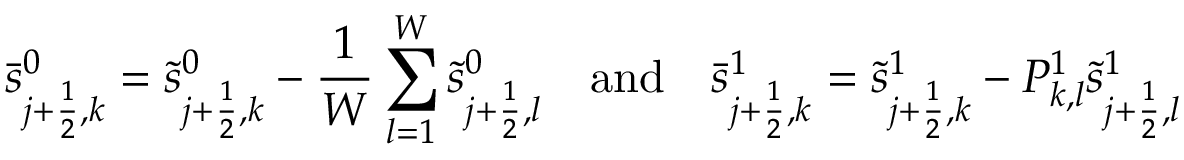
\bar { s } _ { j + \frac { 1 } { 2 } , k } ^ { 0 } = \tilde { s } _ { j + \frac { 1 } { 2 } , k } ^ { 0 } - \frac { 1 } { W } \sum _ { l = 1 } ^ { W } \tilde { s } _ { j + \frac { 1 } { 2 } , l } ^ { 0 } \quad \mathrm { a n d } \quad \bar { s } _ { j + \frac { 1 } { 2 } , k } ^ { 1 } = \tilde { s } _ { j + \frac { 1 } { 2 } , k } ^ { 1 } - P _ { k , l } ^ { 1 } \tilde { s } _ { j + \frac { 1 } { 2 } , l } ^ { 1 }